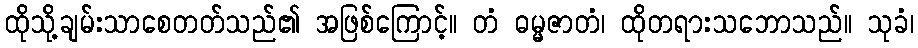
ထိုသို့ချမ်းသာစေတတ်သည်၏ အဖြစ်ကြောင့်။ တံ ဓမ္မဇာတံ၊ ထိုတရားသဘောသည်။ သုခံ၊